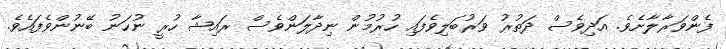
ފެންވަރާލާށެވެ. އަދިވެސް ދަތުރު ވަރުބަލިވެފައި ހުރުމުން ނިދާލަންވެސް ރައިޝާ ހުރީ ނުހަނު ބޭނުންވެފައެވެ.